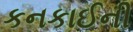
કનકાઈની